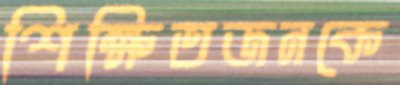
শিক্ষিতজনকে